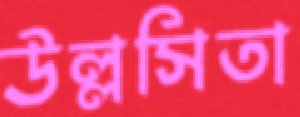
উল্লসিতা